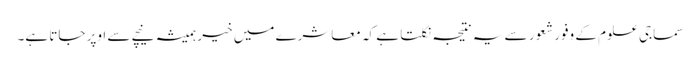
سماجی علوم کے وفورِشعور سے یہ نتیجہ نکلتا ہے کہ معاشرے میں خیر ہمیشہ نیچے سے اوپر جاتا ہے۔